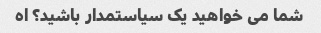
شما می خواهید یک سیاستمدار باشید؟ اه